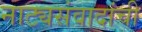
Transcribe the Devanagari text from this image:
नाट्यसंवादांची